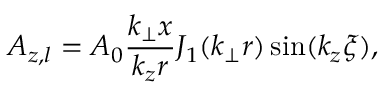
A _ { z , l } = A _ { 0 } \frac { k _ { \perp } x } { k _ { z } r } J _ { 1 } ( k _ { \perp } r ) \sin ( k _ { z } \xi ) ,